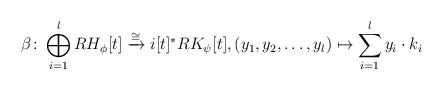
\begin{align*}\beta \colon \bigoplus_{i =1}^l RH_{\phi}[t] \xrightarrow{\cong} i[t]^* RK_{\psi}[t], (y_1, y_2, \ldots, y_l) \mapsto \sum_{i=1}^l y_i \cdot k_i\end{align*}